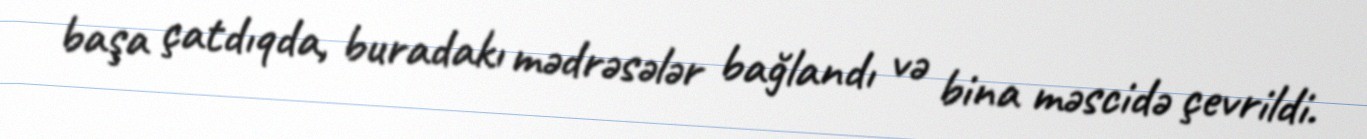
başa çatdıqda, buradakı mədrəsələr bağlandı və bina məscidə çevrildi.